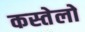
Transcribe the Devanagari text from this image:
कस्तेलो